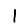
Digit: 1